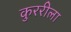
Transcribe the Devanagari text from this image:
कुररीला